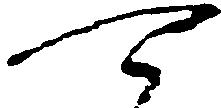
可